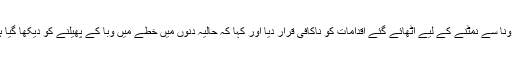
انہوں نے جنوب مشرقی ایشیائی ممالک کی جانب سے کورونا سے نمٹنے کے لیے اٹھائے گئے اقدامات کو ناکافی قرار دیا اور کہا کہ حالیہ دنوں میں خطے میں وبا کے پھیلنے کو دیکھا گیا ہے اور اس ضمن میں ممالک نے اچھے اقدامات نہیں کیے۔